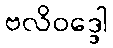
ဗလိဝဒ္ဒေါ